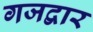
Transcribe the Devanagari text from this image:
गजद्वार